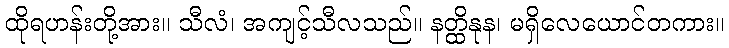
ထိုရဟန်းတို့အား။ သီလံ၊ အကျင့်သီလသည်။ နတ္ထိနုန၊ မရှိလေယောင်တကား။